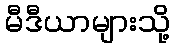
မီဒီယာများသို့